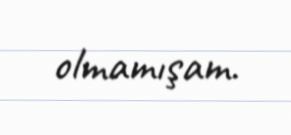
olmamışam.